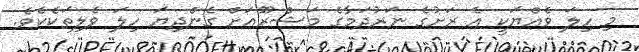
މި ހިލަ ވެއްޔަކީ އެ ރަށުގެ ނަރުދަމާގެ މަޝްރޫއަށް ގެންދިޔަ ހިލަ ވެލިތަކެކެވެ.